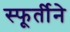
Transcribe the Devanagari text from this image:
स्फूर्तीने